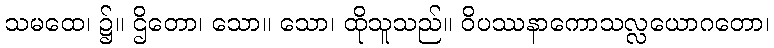
သမထေ၊ ၌။ ဌိတော၊ သော။ သော၊ ထိုသူသည်။ ဝိပဿနာကောသလ္လယောဂတော၊